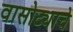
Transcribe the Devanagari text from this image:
वासोट्याचे